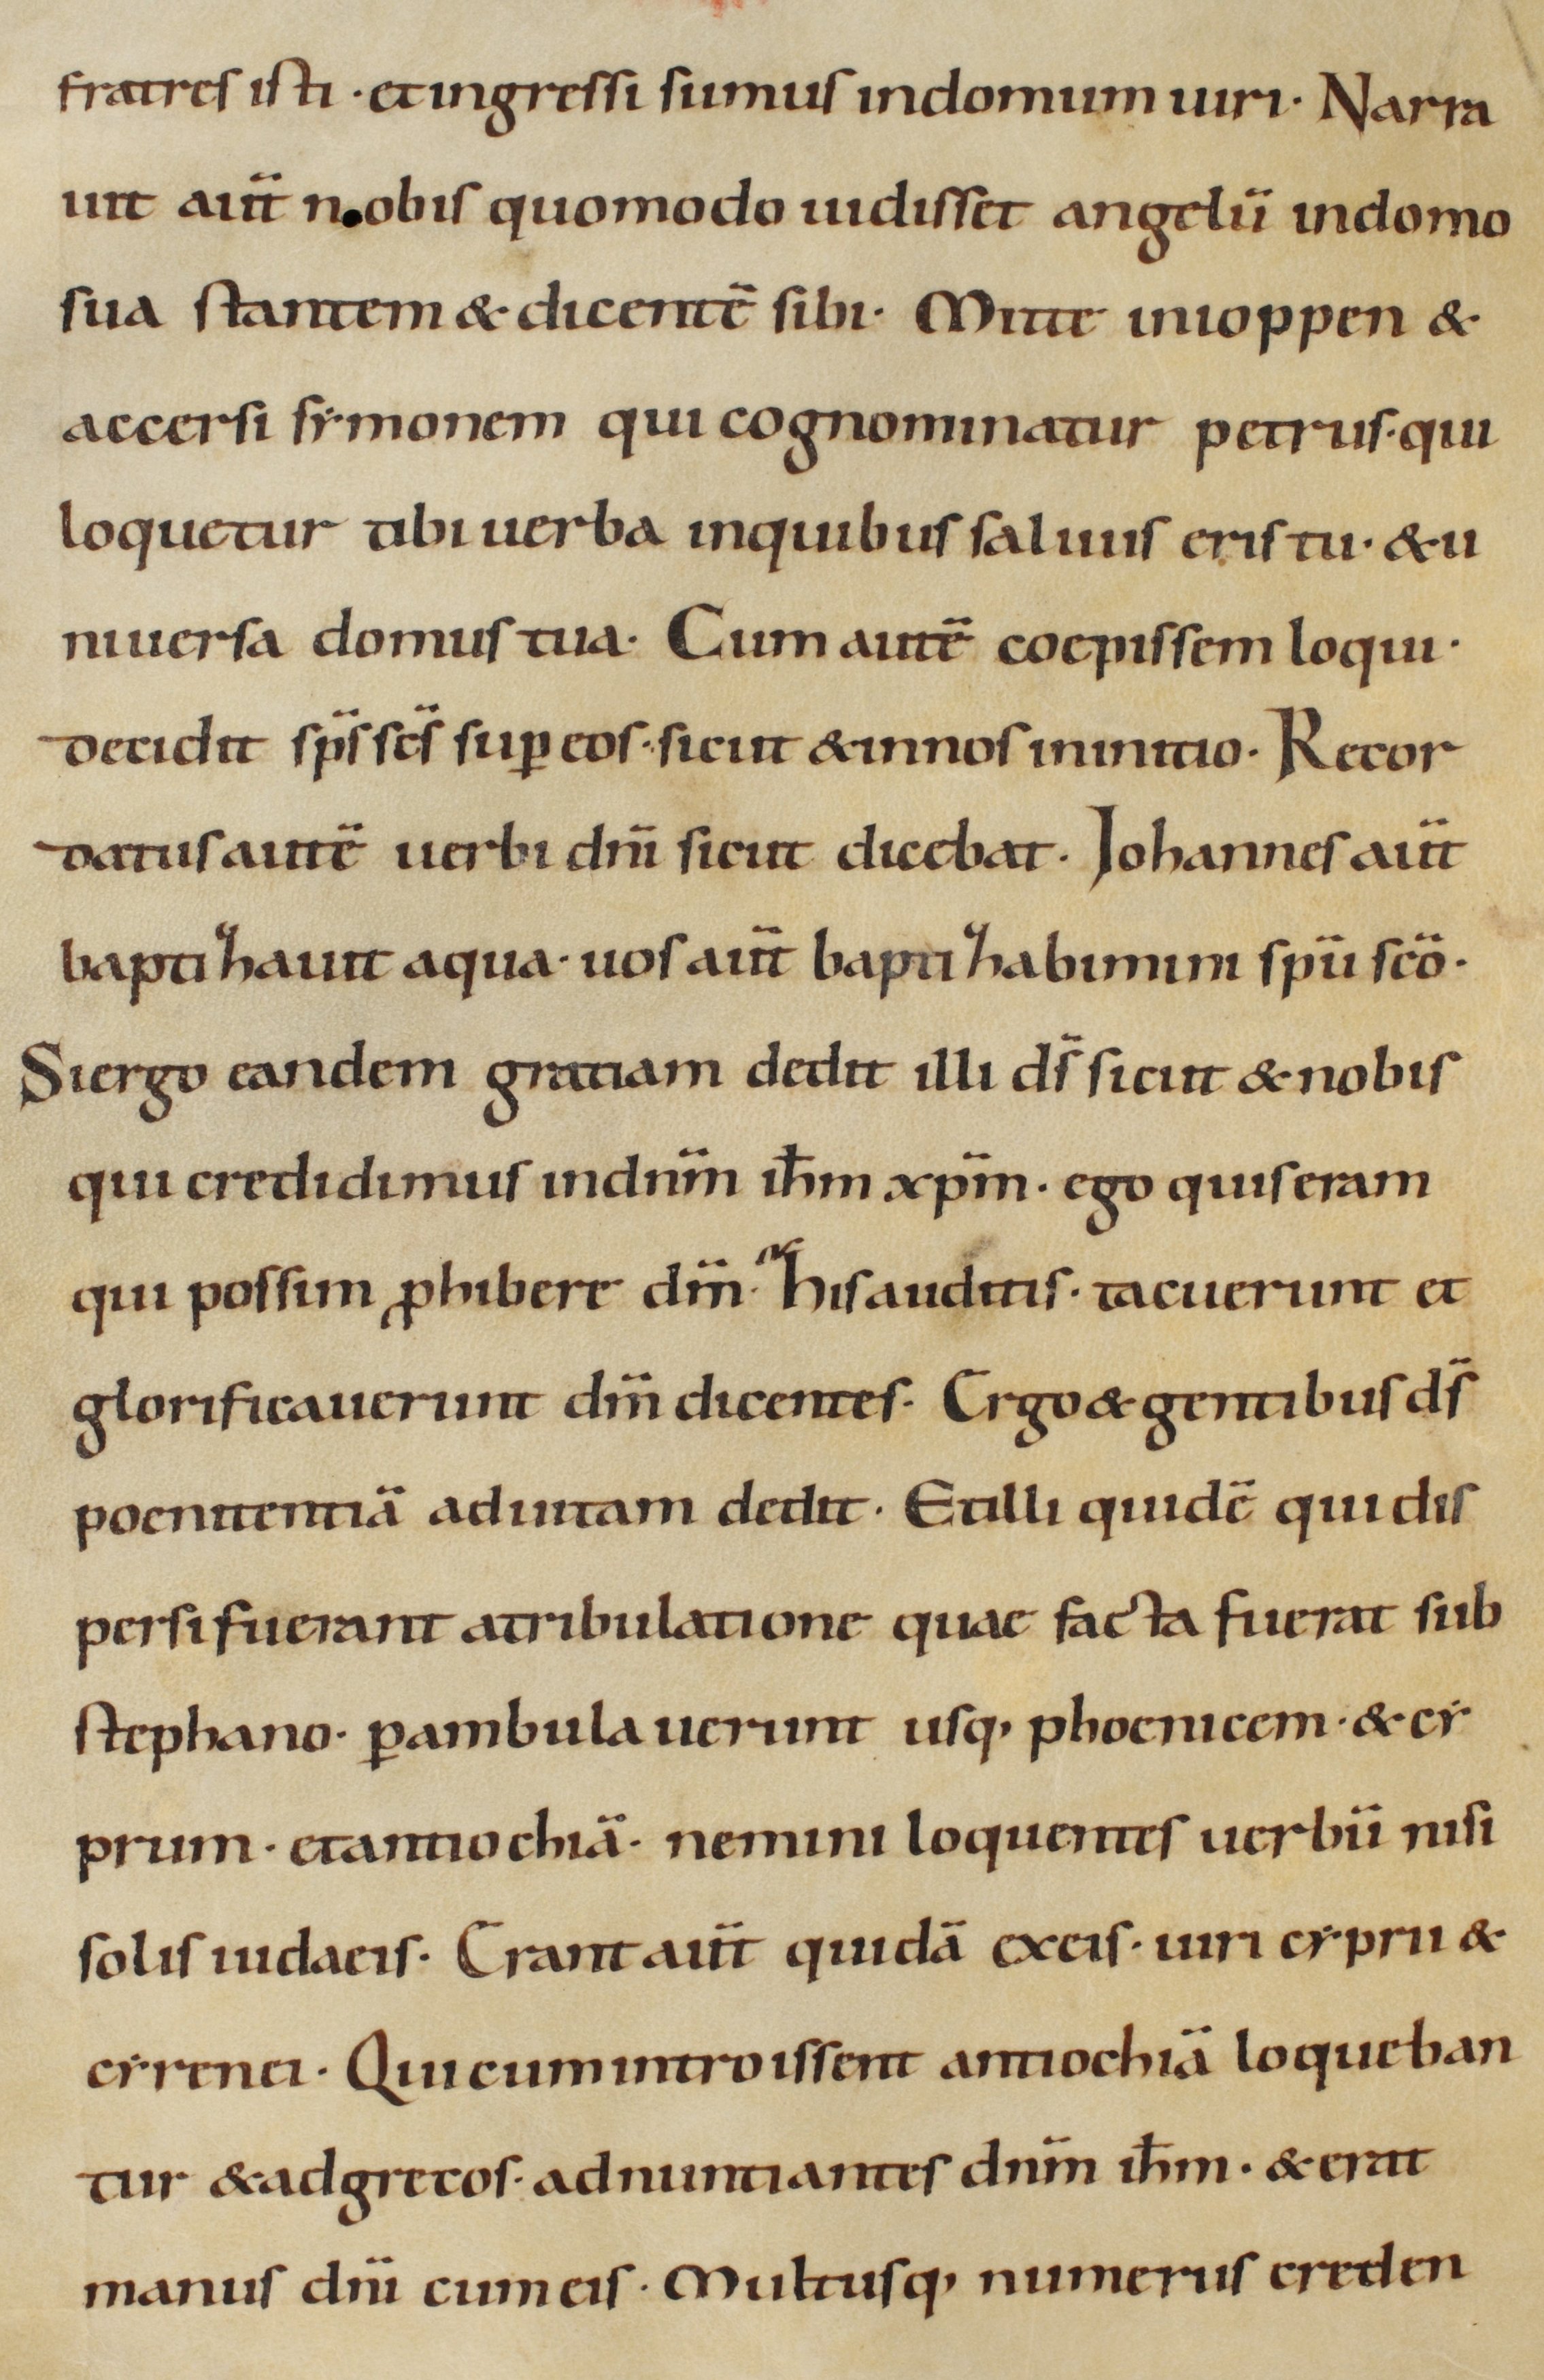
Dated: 900–999